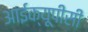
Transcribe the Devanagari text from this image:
आईक्यूपीसी